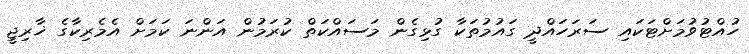
ހުއްޓުވުމަށްޓަކައި ސަރަހައްދީ ގައުމުތަކާ ގުޅިގެން މަސައްކަތް ކުރަމުން އަންނަ ކަމަށް އެމެރިކާގެ ޚާރިޖީ